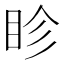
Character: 眕